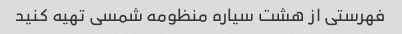
فهرستی از هشت سیاره منظومه شمسی تهیه کنید